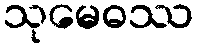
သုမေဓဿ